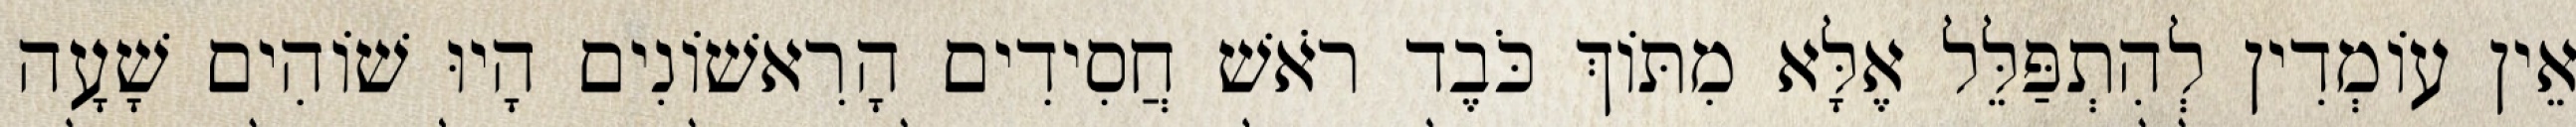
אֵין עוֹמְדִין לְהִתְפַּלֵּל אֶלָּא מִתּוֹךְ כֹּבֶד רֹאשׁ חֲסִידִים הָרִאשׁוֹנִים הָיוּ שׁוֹהִים שָׁעָה